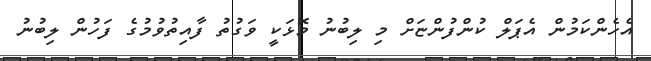
އެހެންކަމުން އެޕަލް ކުންފުންޏަށް މި ލިބުނު މޮޅަކީ ވަގުތު ފާއިތުވުމުގެ ފަހުން ލިބުނު